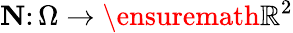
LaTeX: \mathbf{N}\colon\Omega\to\ensuremath{\mathbb{R}}^{2}